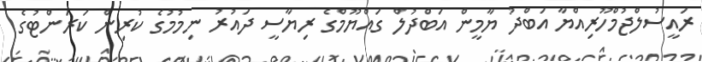
ރައީސުލްޖުމްހޫރިއްޔާ އަބްދު ޔާމީން އަބްދުލް ގައްޔޫމްގެ ރިޔާސީ ދައުރު ނިމުމުގެ ކުރިން ކަރަންޓުގެ